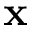
\mathbf { x }